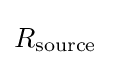
R_{\text{source}}\